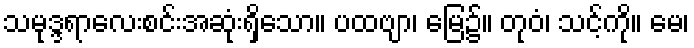
သမုဒ္ဒရာလေးစင်းအဆုံးရှိသော။ ပထဗျာ၊ မြေ၌။ တုဝံ၊ သင့်ကို။ မေ၊